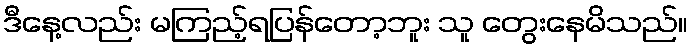
ဒီနေ့လည်း မကြည့်ရပြန်တော့ဘူး သူ တွေးနေမိသည်။